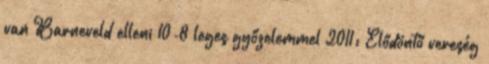
van Barneveld elleni 10-8 leges győzelemmel 2011: Elődöntő vereség